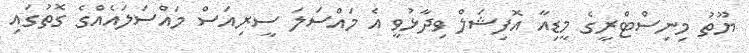
ޔޫތު މިނިސްޓްރީގެ މީޑިއާ އޮފިޝަލް ވިދާޅުވީ އެ މައްސަލަ ސީރިއަސް މައްސަލައެއްގެ ގޮތުގައި